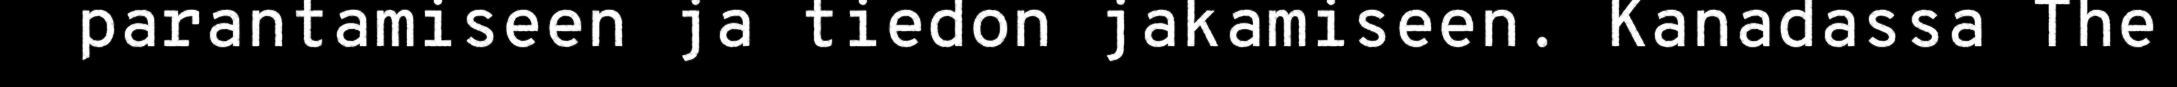
parantamiseen ja tiedon jakamiseen. Kanadassa The